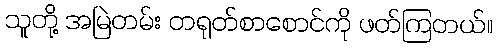
သူတို့ အမြဲတမ်း တရုတ်စာစောင်ကို ဖတ်ကြတယ်။